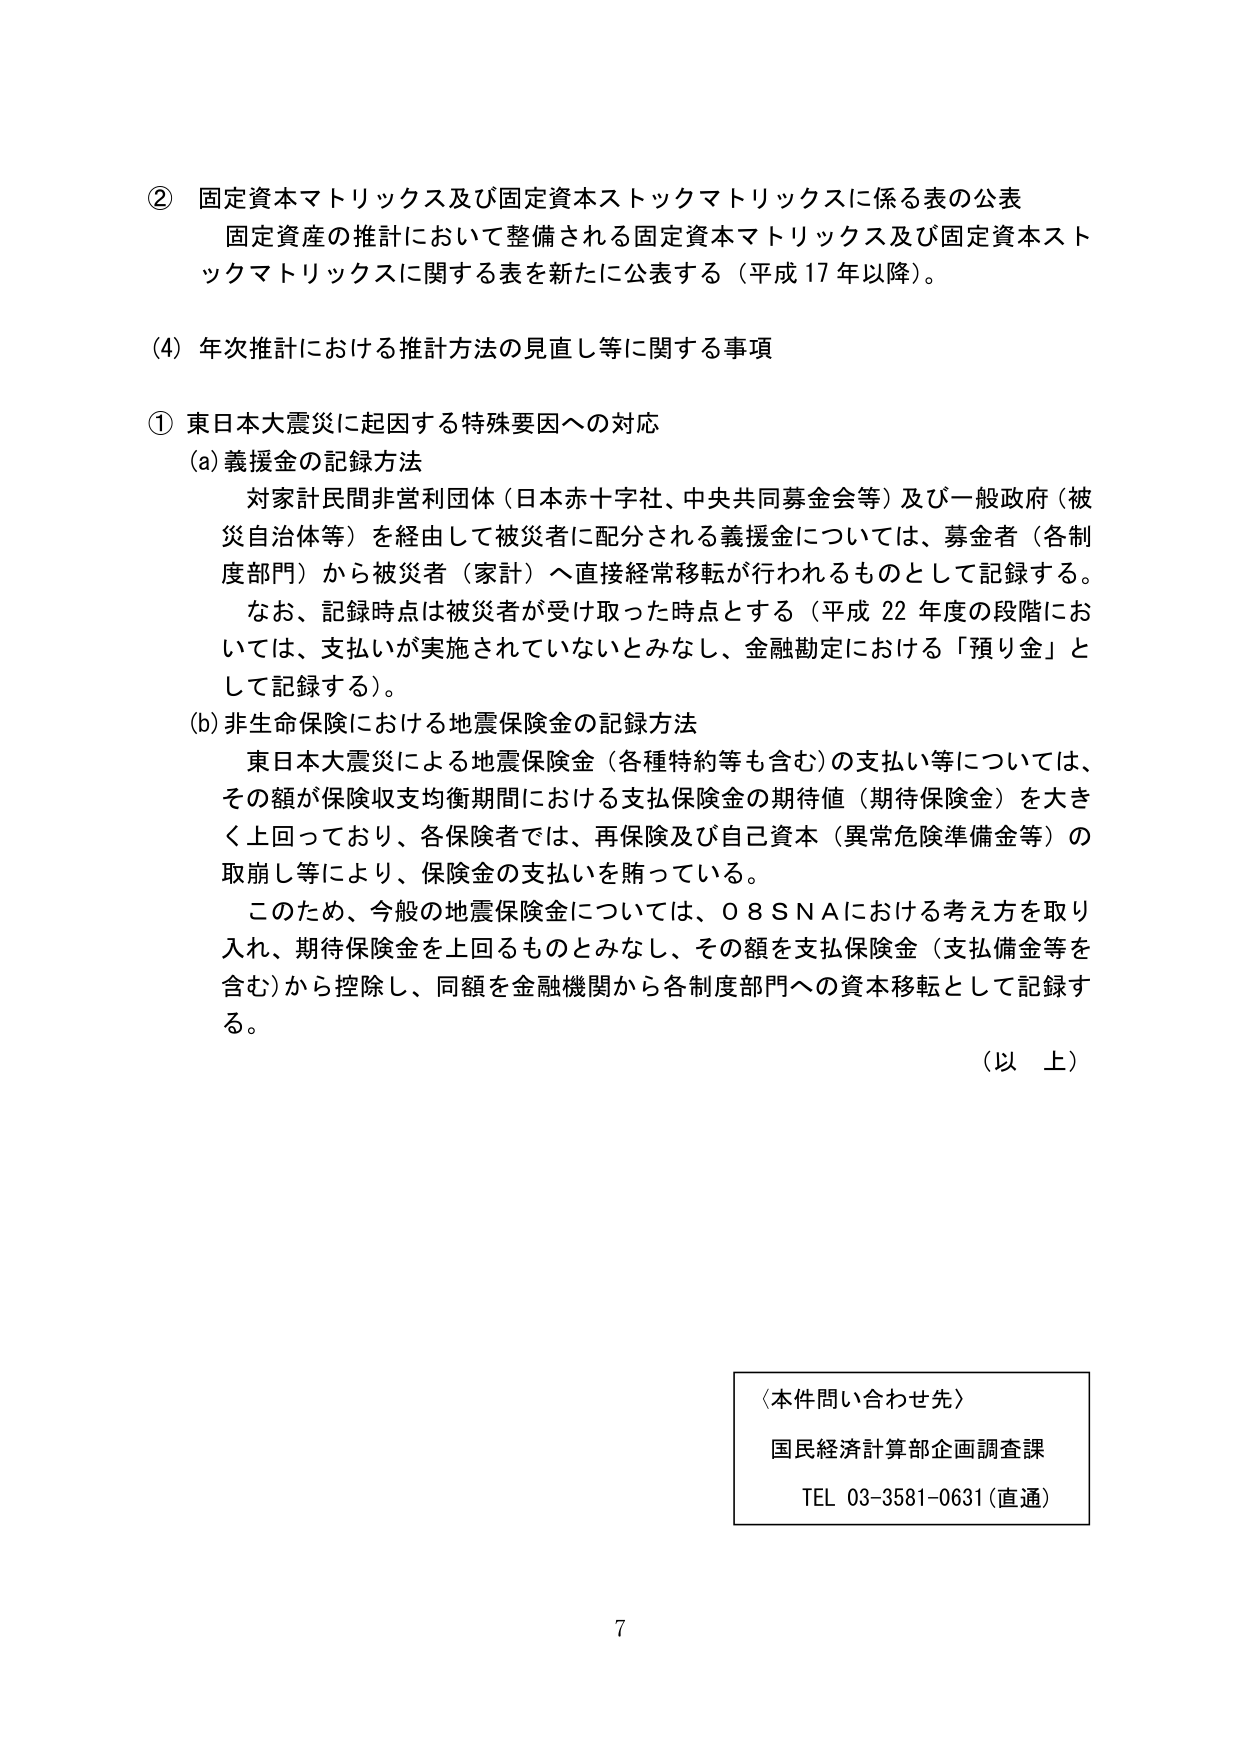
② 固定資本マトリックス及び固定資本ストックマトリックスに係る表の公表
固定資産の推計において整備される固定資本マトリックス及び固定資本ストックマトリックスに関する表を新たに公表する（平成17年以降）。

(4) 年次推計における推計方法の見直し等に関する事項

① 東日本大震災に起因する特殊要因への対応
(a) 義援金の記録方法
対家計民間非営利団体（日本赤十字社、中央共同募金会等）及び一般政府（被災自治体等）を経由して被災者に配分される義援金については、募金者（各制度部門）から被災者（家計）へ直接経常移転が行われるものとして記録する。
なお、記録時点は被災者が受け取った時点とする（平成22年度の段階においては、支払いが実施されていないとみなし、金融勘定における「預り金」として記録する）。

(b) 非生命保険における地震保険金の記録方法
東日本大震災による地震保険金（各種特約等も含む）の支払い等については、その額が保険収支均衡期間における支払保険金の期待値（期待保険金）を大きく上回っており、各保険者では、再保険及び自己資本（異常危険準備金等）の取崩し等により、保険金の支払いを賄っている。
このため、今般の地震保険金については、08SNAにおける考え方を取り入れ、期待保険金を上回るものとみなし、その額を支払保険金（支払備金等を含む）から控除し、同額を金融機関から各制度部門への資本移転として記録する。

（以　上）

〈本件問い合わせ先〉
国民経済計算部企画調査課
TEL 03-3581-0631（直通）

7